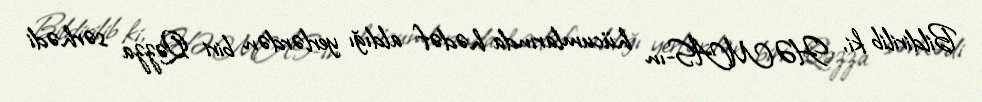
Bildirilib ki, HƏMAS-ın hücumlarında hədəf aldığı yerlərdən biri Qəzza sərhədi